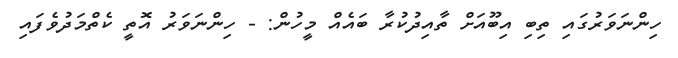
ހިންނަވަރުގައި ތިބި އިބޫއަށް ތާއިދުކުރާ ބައެއް މީހުން: - ހިންނަވަރު އޮތީ ކެތްމަދުވެފައި